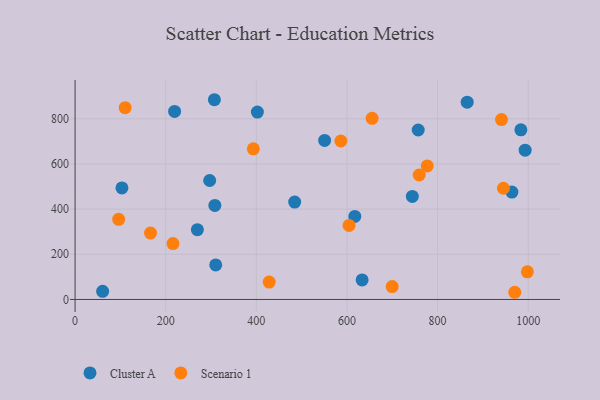
{"axis": {"x": "Study Hours", "y": "Profit"}, "legend": ["Cluster A", "Scenario 1"], "data": [{"x": "550.7", "y": 704.4, "type": "Cluster A"}, {"x": "484.6", "y": 431.3, "type": "Cluster A"}, {"x": "307.4", "y": 884.5, "type": "Cluster A"}, {"x": "103.4", "y": 493.7, "type": "Cluster A"}, {"x": "757.2", "y": 750.4, "type": "Cluster A"}, {"x": "60.8", "y": 36.1, "type": "Cluster A"}, {"x": "269.9", "y": 309.1, "type": "Cluster A"}, {"x": "297.0", "y": 526.8, "type": "Cluster A"}, {"x": "310.4", "y": 152.9, "type": "Cluster A"}, {"x": "308.5", "y": 416.2, "type": "Cluster A"}, {"x": "402.3", "y": 829.9, "type": "Cluster A"}, {"x": "865.3", "y": 873.8, "type": "Cluster A"}, {"x": "219.6", "y": 832.8, "type": "Cluster A"}, {"x": "964.0", "y": 475.4, "type": "Cluster A"}, {"x": "617.3", "y": 367.8, "type": "Cluster A"}, {"x": "983.8", "y": 751.4, "type": "Cluster A"}, {"x": "993.2", "y": 661.2, "type": "Cluster A"}, {"x": "633.4", "y": 86.4, "type": "Cluster A"}, {"x": "744.2", "y": 456.4, "type": "Cluster A"}, {"x": "586.5", "y": 701.7, "type": "Scenario 1"}, {"x": "166.5", "y": 293.9, "type": "Scenario 1"}, {"x": "604.6", "y": 327.9, "type": "Scenario 1"}, {"x": "945.2", "y": 492.4, "type": "Scenario 1"}, {"x": "428.4", "y": 77.1, "type": "Scenario 1"}, {"x": "777.1", "y": 591.3, "type": "Scenario 1"}, {"x": "699.7", "y": 57.0, "type": "Scenario 1"}, {"x": "998.1", "y": 122.3, "type": "Scenario 1"}, {"x": "759.4", "y": 551.2, "type": "Scenario 1"}, {"x": "941.0", "y": 796.7, "type": "Scenario 1"}, {"x": "393.4", "y": 667.1, "type": "Scenario 1"}, {"x": "110.5", "y": 849.1, "type": "Scenario 1"}, {"x": "216.0", "y": 247.6, "type": "Scenario 1"}, {"x": "970.3", "y": 31.8, "type": "Scenario 1"}, {"x": "96.2", "y": 354.7, "type": "Scenario 1"}, {"x": "655.5", "y": 802.3, "type": "Scenario 1"}]}